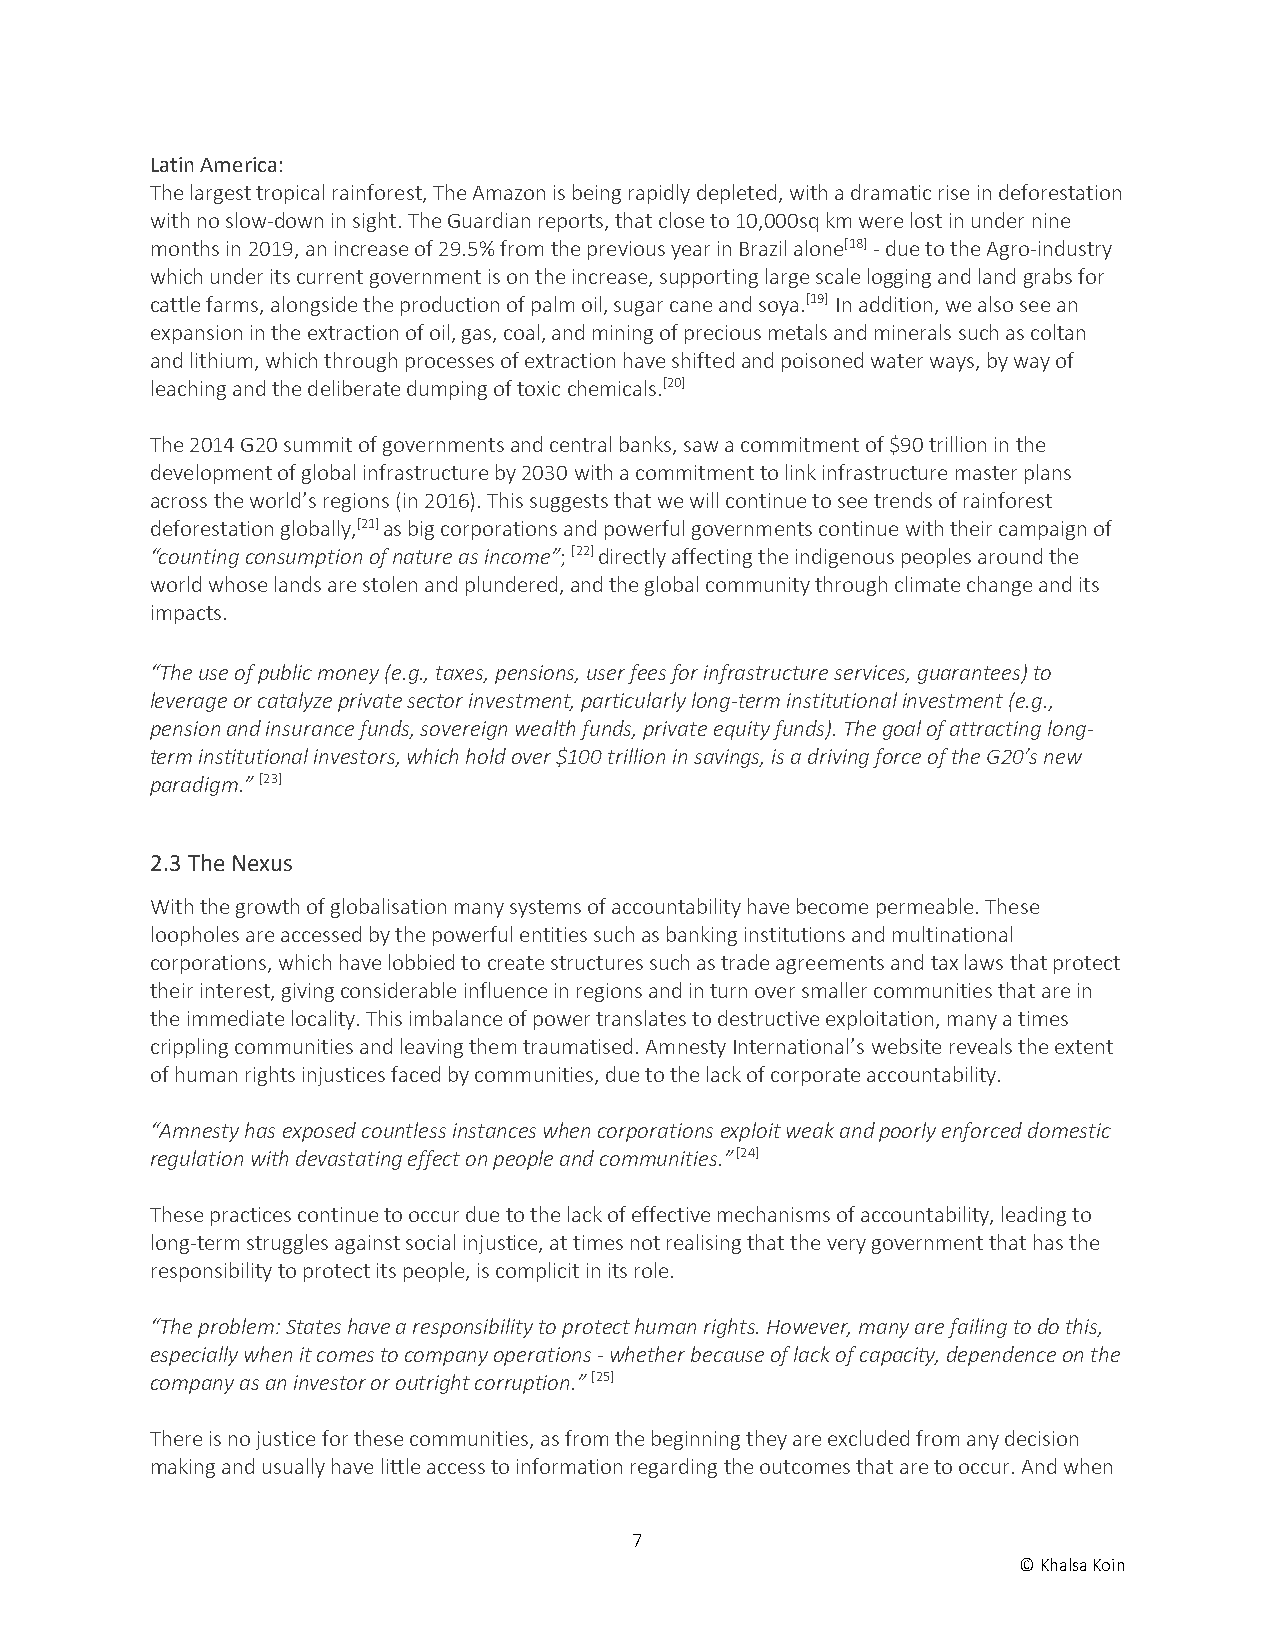
Latin America:
 The largest tropical rainforest, The Amazon is being rapidly depleted, with a dramatic rise in deforestation
 with no slow-down in sight. The Guardian reports, that close to 10,000sq km were lost in under nine
 months in 2019, an increase of 29.5% from the previous year in Brazil alone[18] - due to the Agro-industry
 which under its current government is on the increase, supporting large scale logging and land grabs for
 cattle farms, alongside the production of palm oil, sugar cane and soya.[19] In addition, we also see an
 expansion in the extraction of oil, gas, coal, and mining of precious metals and minerals such as coltan
 and lithium, which through processes of extraction have shifted and poisoned water ways, by way of
 leaching and the deliberate dumping of toxic chemicals.[20]
 The 2014 G20 summit of governments and central banks, saw a commitment of $90 trillion in the
 development of global infrastructure by 2030 with a commitment to link infrastructure master plans
 across the world’s regions (in 2016). This suggests that we will continue to see trends of rainforest
 deforestation globally,[21] as big corporations and powerful governments continue with their campaign of
 “counting consumption of nature as income”; [22] directly affecting the indigenous peoples around the
 world whose lands are stolen and plundered, and the global community through climate change and its
 impacts.
 “The use of public money (e.g., taxes, pensions, user fees for infrastructure services, guarantees) to
 leverage or catalyze private sector investment, particularly long-term institutional investment (e.g.,
 pension and insurance funds, sovereign wealth funds, private equity funds). The goal of attracting long-
 term institutional investors, which hold over $100 trillion in savings, is a driving force of the G20’s new
 paradigm.” [23]
 2.3 The Nexus
 With the growth of globalisation many systems of accountability have become permeable. These
 loopholes are accessed by the powerful entities such as banking institutions and multinational
 corporations, which have lobbied to create structures such as trade agreements and tax laws that protect
 their interest, giving considerable influence in regions and in turn over smaller communities that are in
 the immediate locality. This imbalance of power translates to destructive exploitation, many a times
 crippling communities and leaving them traumatised. Amnesty International’s website reveals the extent
 of human rights injustices faced by communities, due to the lack of corporate accountability.
 “Amnesty has exposed countless instances when corporations exploit weak and poorly enforced domestic
 regulation with devastating effect on people and communities.” [24]
 These practices continue to occur due to the lack of effective mechanisms of accountability, leading to
 long-term struggles against social injustice, at times not realising that the very government that has the
 responsibility to protect its people, is complicit in its role.
 “The problem: States have a responsibility to protect human rights. However, many are failing to do this,
 especially when it comes to company operations - whether because of lack of capacity, dependence on the
 company as an investor or outright corruption.” [25]
 There is no justice for these communities, as from the beginning they are excluded from any decision
 making and usually have little access to information regarding the outcomes that are to occur. And when
 7
 © Khalsa Koin